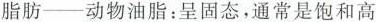
脂肪--动物油脂：呈固态，通常是饱和高